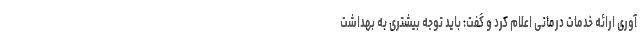
آوری ارائه خدمات درمانی اعلام کرد و گفت: باید توجه بیشتری به بهداشت